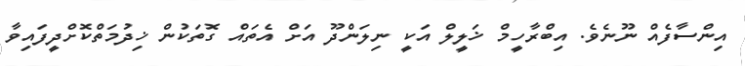
އިންސާފެއް ނޫނެވެ. އިބްރާހީމް ޚަލީލް އަކީ ނިލަންދޫ އަށް އެތައް ގޮތަކުން ޚިދުމަތްކޮށްދީފައިވާ